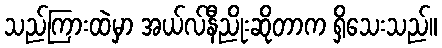
သည်ကြားထဲမှာ အယ်လ်နီညိုးဆိုတာက ရှိသေးသည်။